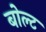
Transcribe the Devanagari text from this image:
बोल्‍ट